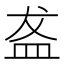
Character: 盋